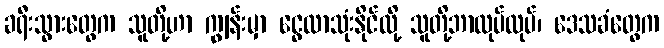
ခရီးသွားတွေက သူတို့ဟာ ကျွန်းမှာ ငွေလာသုံးနိုင်လို့ သူတို့ဘာလုပ်လုပ်၊ ဒေသခံတွေက